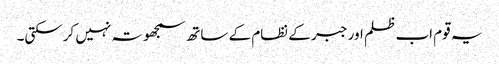
یہ قوم اب ظلم اور جبر کے نظام کے ساتھ سمجھوتہ نہیں کرسکتی۔